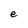
Character: e